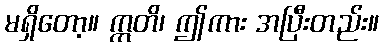
မရှိတော့။ ဣတိ၊ ဤကား အပြီးတည်း။